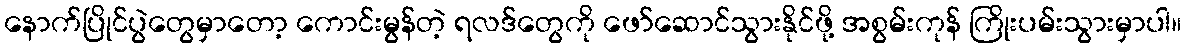
နောက်ပြိုင်ပွဲတွေမှာတော့ ကောင်းမွန်တဲ့ ရလဒ်တွေကို ဖော်ဆောင်သွားနိုင်ဖို့ အစွမ်းကုန် ကြိုးပမ်းသွားမှာပါ။